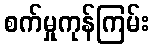
စက်မှုကုန်ကြမ်း